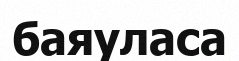
баяуласа